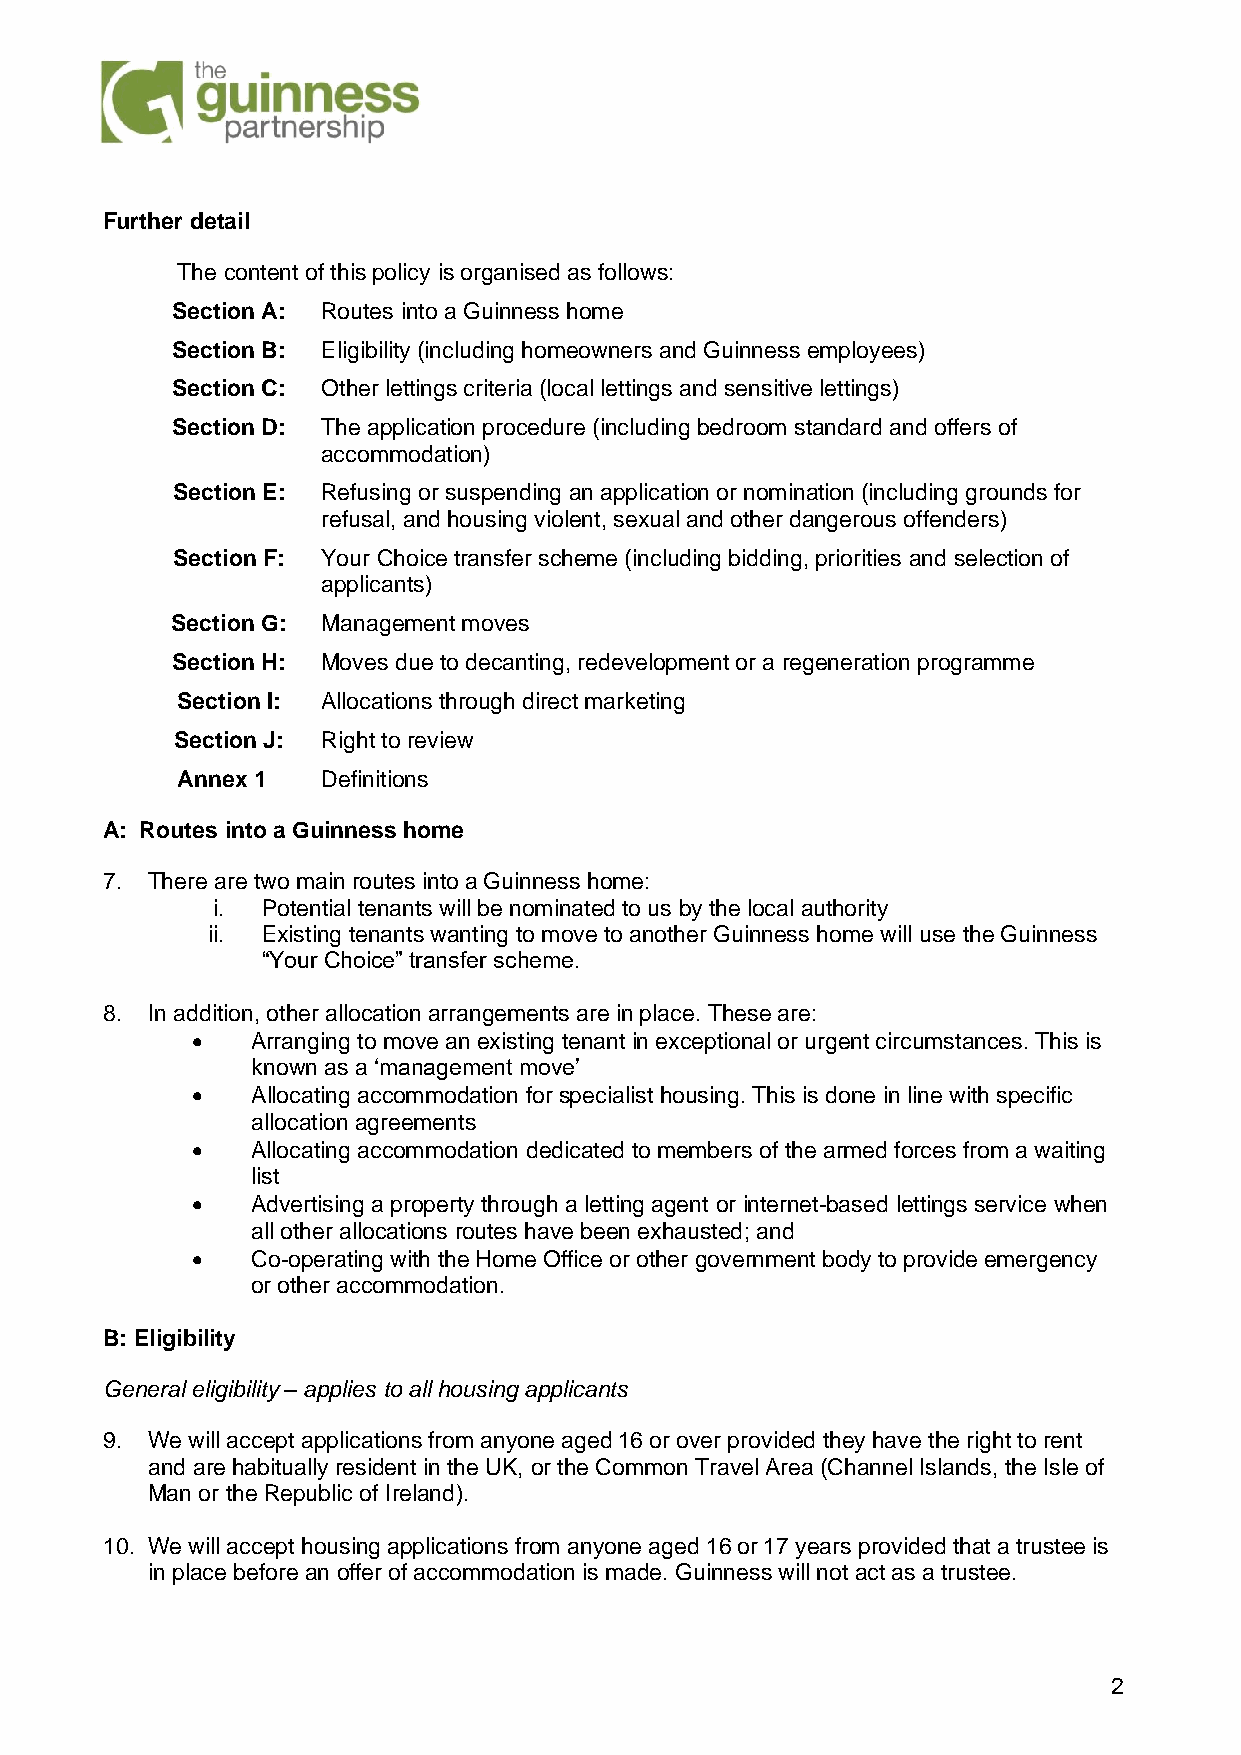
Further detail
 The content of this policy is organised as follows:
 Section A: Routes into a Guinness home
 Section B: Eligibility (including homeowners and Guinness employees)
 Section C: Other lettings criteria (local lettings and sensitive lettings)
 Section D: The application procedure (including bedroom standard and offers of
 accommodation)
 Section E: Refusing or suspending an application or nomination (including grounds for
 refusal, and housing violent, sexual and other dangerous offenders)
 Section F: Your Choice transfer scheme (including bidding, priorities and selection of
 applicants)
 Section G: Management moves
 Section H: Moves due to decanting, redevelopment or a regeneration programme
 Section I: Allocations through direct marketing
 Section J: Right to review
 Annex 1  Definitions
 A: Routes into a Guinness home
 7. There are two main routes into a Guinness home:
 i. Potential tenants will be nominated to us by the local authority
 ii. Existing tenants wanting to move to another Guinness home will use the Guinness
 “Your Choice” transfer scheme.
 8. In addition, other allocation arrangements are in place. These are:
 •   Arranging to move an existing tenant in exceptional or urgent circumstances. This is
 known as a ‘management move’
 •   Allocating accommodation for specialist housing. This is done in line with specific
 allocation agreements
 •   Allocating accommodation dedicated to members of the armed forces from a waiting
 list
 •   Advertising a property through a letting agent or internet-based lettings service when
 all other allocations routes have been exhausted; and
 •   Co-operating with the Home Office or other government body to provide emergency
 or other accommodation.
 B: Eligibility
 General eligibility – applies to all housing applicants
 9. We will accept applications from anyone aged 16 or over provided they have the right to rent
 and are habitually resident in the UK, or the Common Travel Area (Channel Islands, the Isle of
 Man or the Republic of Ireland).
 10. We will accept housing applications from anyone aged 16 or 17 years provided that a trustee is
 in place before an offer of accommodation is made. Guinness will not act as a trustee.
 2